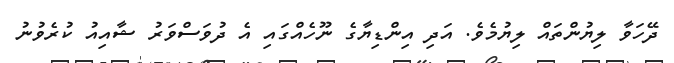
ދޭހަވާ ލިޔުންތައް ލިޔުމެވެ. އަދި އިންޑިޔާގެ ނޫހެއްގައި އެ ދުވަސްވަރު ޝާއިއު ކުރެވުނު